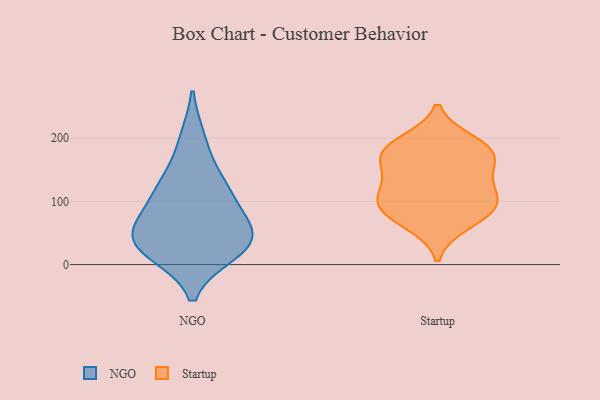
{"axis": {"x": "Inventory Turnover", "y": "Value"}, "legend": ["NGO", "Startup"], "data": [{"x": "", "y": 98, "type": "NGO"}, {"x": "", "y": 60, "type": "NGO"}, {"x": "", "y": 127, "type": "NGO"}, {"x": "", "y": 20, "type": "NGO"}, {"x": "", "y": 56, "type": "NGO"}, {"x": "", "y": 126, "type": "NGO"}, {"x": "", "y": 44, "type": "NGO"}, {"x": "", "y": 26, "type": "NGO"}, {"x": "", "y": 197, "type": "NGO"}, {"x": "", "y": 30, "type": "NGO"}, {"x": "", "y": 175, "type": "Startup"}, {"x": "", "y": 194, "type": "Startup"}, {"x": "", "y": 160, "type": "Startup"}, {"x": "", "y": 174, "type": "Startup"}, {"x": "", "y": 101, "type": "Startup"}, {"x": "", "y": 64, "type": "Startup"}, {"x": "", "y": 96, "type": "Startup"}, {"x": "", "y": 78, "type": "Startup"}, {"x": "", "y": 135, "type": "Startup"}, {"x": "", "y": 122, "type": "Startup"}, {"x": "", "y": 186, "type": "Startup"}, {"x": "", "y": 94, "type": "Startup"}]}